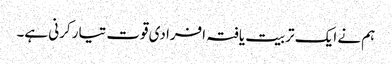
ہم نے ایک تربیت یافتہ افرادی قوت تیار کرنی ہے۔